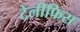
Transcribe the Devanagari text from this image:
टेलीफिस